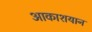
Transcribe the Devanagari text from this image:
आकाशयान